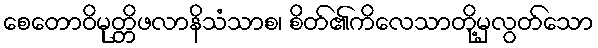
စေတောဝိမုတ္တိဖလာနိသံသာစ၊ စိတ်၏ကိလေသာတို့မှလွတ်သော